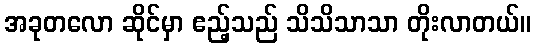
အခုတလော ဆိုင်မှာ ဧည့်သည် သိသိသာသာ တိုးလာတယ်။